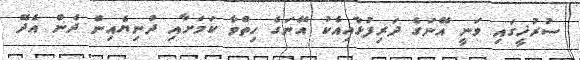
ސުރުޚީގައި ވަނީ އޭނަގެ ދަރިފުޅާއިއެކު އޭނަގެ ހިތްވާ ކަމަށާއި ދުނިޔެއިން ދެން އެދޭ